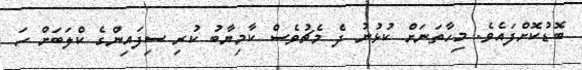
ބޮޑުކޮށްފައެވެ. މިހާތަނަށް ކުޅުނު ދެ މެޗުވެސް ކާމިޔާބު ކުރި ސިފައިންގެ ކްލަބަށް ހަ